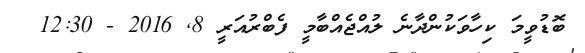
ބޮޑުވީމަ ކިހާވަަކުންދާނެ ލުއްޖެއްބާމީ ފެބްރުއަރީ 8